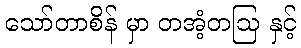
သော်တာစိန် မှာ တအံ့တဩ နှင့်